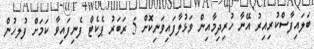
ބަލައިފާސްކުރިއިރު އޭނާ ހުރިދިމާއިން ވަޅުލާފައިވަނިކޮށް 5 ރަބަރު ޕެކެޓް ފެނިފައިވާ ކަމަށް ފުލހުން